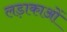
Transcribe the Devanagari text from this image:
लड़ाकाओं